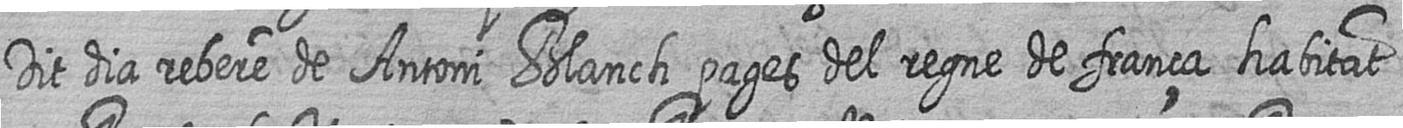
Dit dia rebere de Antoni Blanch pages del regne de frança habitat